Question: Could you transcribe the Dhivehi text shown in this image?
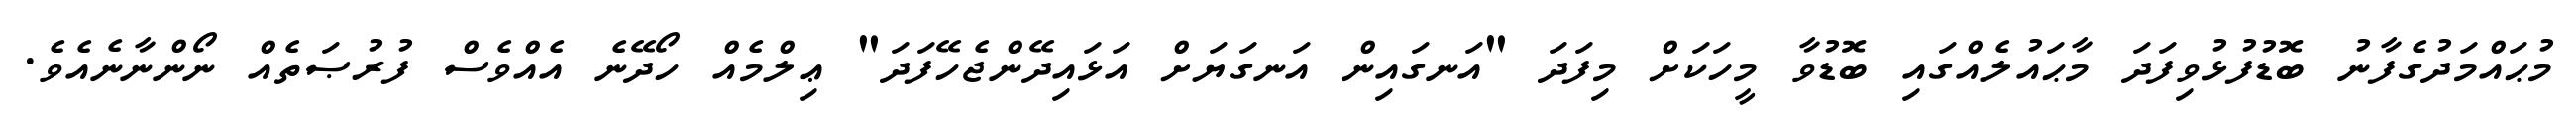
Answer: މުޙައްމަދުގެފާނު ބޮޑުފުޅުވިފަދަ މާޙައުލެއްގައި ބޮޑުވާ މީހަކަށް މިފަދަ "އަނގައިން އަނގަޔަށް އަޅައިދޭންޖެހޭފަދަ" ޢިލްމެއް ހޯދޭނެ އެއްވެސް ފުރުޞަތެއް ނޯންނާނެއެވެ.